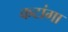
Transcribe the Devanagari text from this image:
कटांगा